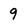
Character: 9